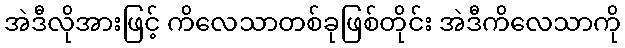
အဲဒီလိုအားဖြင့် ကိလေသာတစ်ခုဖြစ်တိုင်း အဲဒီကိလေသာကို